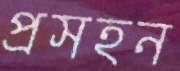
প্রসহন